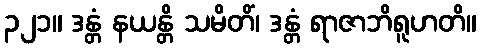
၃၂၁။ ဒန္တံ နယန္တိ သမိတိံ၊ ဒန္တံ ရာဇာဘိရူဟတိ။